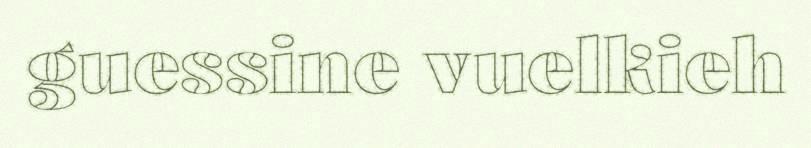
guessine vuelkieh